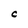
Character: C